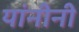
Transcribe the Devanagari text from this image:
यांनीनी